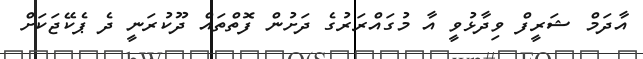
އާދަމް ޝަރީފް ވިދާޅުވީ އާ މުގައްރަރުގެ ދަށުން ފޮތްތައް ދޫކުރަނީ ދެ ޕެކޭޖަކަށް